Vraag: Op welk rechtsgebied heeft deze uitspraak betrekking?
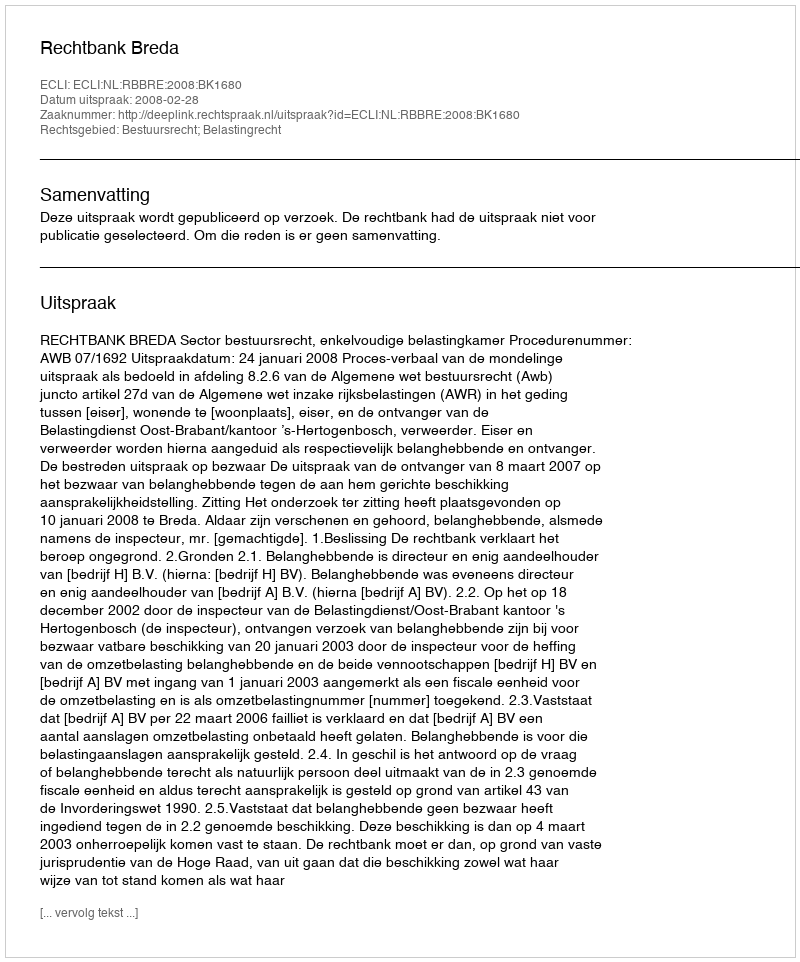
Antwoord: Bestuursrecht; Belastingrecht